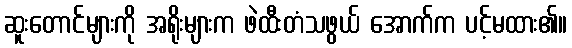
ဆူးတောင်များကို အရိုးများက ဖဲထီးတံသဖွယ် အောက်က ပင့်မထား၏။